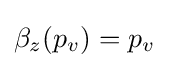
\beta _{z}(p_{v})=p_{v}